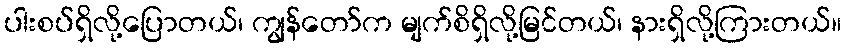
ပါးစပ်ရှိလို့ပြောတယ်၊ ကျွန်တော်က မျက်စိရှိလို့မြင်တယ်၊ နားရှိလို့ကြားတယ်။